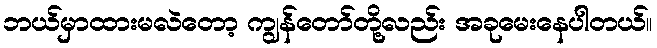
ဘယ်မှာထားမလဲတော့ ကျွန်တော်တို့လည်း အခုမေးနေပါတယ်။